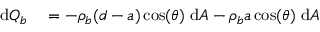
\begin{array} { r l } { \mathrm { d } Q _ { b } } & { { } = - \rho _ { b } ( d - a ) \cos ( \theta ) \ \mathrm { d } A - \rho _ { b } a \cos ( \theta ) \ \mathrm { d } A } \end{array}